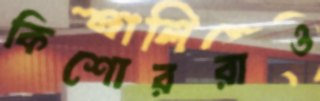
কিশোররাও